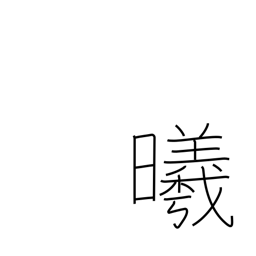
Meaning: the sun